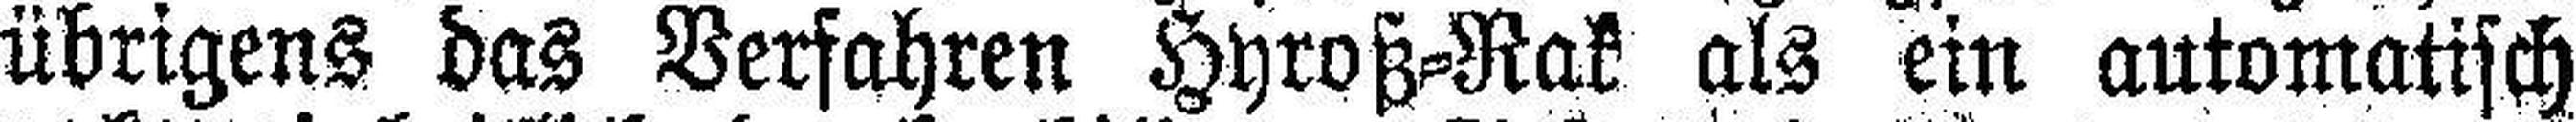
übrigens das Verfahren Hyroß-Rak als ein automatisch